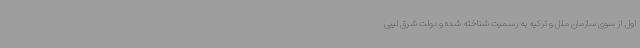
اول از سوی سازمان ملل و ترکیه به رسمیت شناخته شده و دولت شرق لیبی